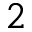
2